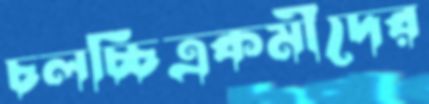
চলচ্চিত্রকর্মীদের